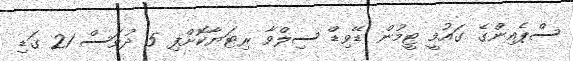
ސްޕެއިންގެ ގައުމީ ޓީމުން ޑޭވިޑް ސިލްވާ ރިޓަޔާކޮށްފި 5 ދުވަސް 21 ގަޑި